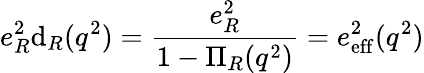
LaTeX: e_{R}^{2}\mathrm{d}_{R}(q^{2})=\frac{{e_{R}^{2}}}{{1-\Pi_{R}(q^{2})}}=e_{\mathrm{{eff}}}^{2}(q^{2})